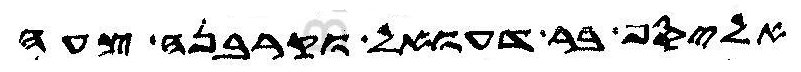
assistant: אליסף בר דעואל וקרבנה צעה